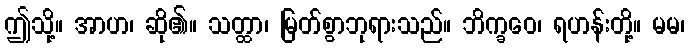
ဤသို့။ အာဟ၊ ဆို၏။ သတ္ထာ၊ မြတ်စွာဘုရားသည်။ ဘိက္ခဝေ၊ ရဟန်းတို့။ မမ၊